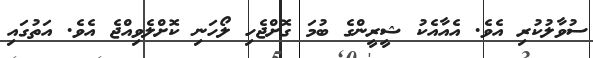
ސުވާލުކުރި އެވެ. އެއާއެކު ޝީރީންގެ ބުމަ ގޮށްޖެހި ލޯހަނި ކޮށްލެވިއްޖެ އެވެ. އަތުގައި